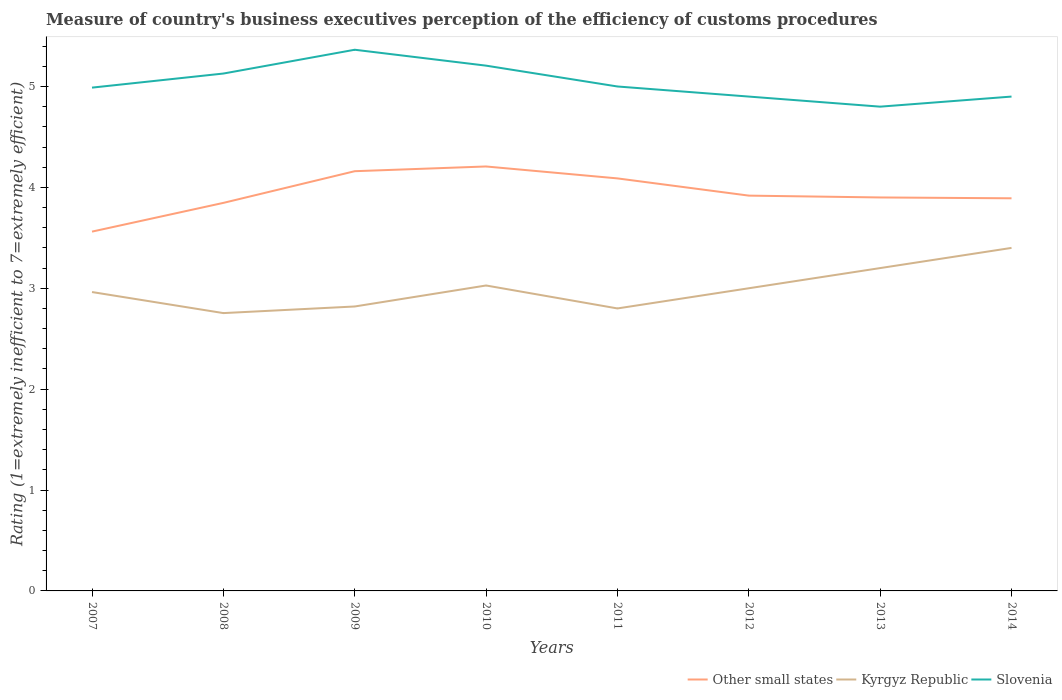
| Years | Other small states | Kyrgyz Republic | Slovenia |
 | --- | --- | --- | --- |
 | 2007 | 3.56 | 2.96 | 4.99 |
 | 2008 | 3.85 | 2.75 | 5.13 |
 | 2009 | 4.16 | 2.82 | 5.36 |
 | 2010 | 4.21 | 3.03 | 5.21 |
 | 2011 | 4.09 | 2.8 | 5 |
 | 2012 | 3.92 | 3 | 4.9 |
 | 2013 | 3.9 | 3.2 | 4.8 |
 | 2014 | 3.89 | 3.4 | 4.9 |